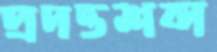
প্রদত্তশব্দ